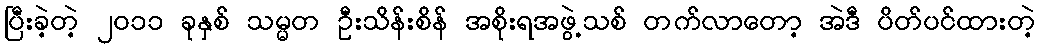
ပြီးခဲ့တဲ့ ၂၀၁၁ ခုနှစ် သမ္မတ ဦးသိန်းစိန် အစိုးရအဖွဲ့သစ် တက်လာတော့ အဲဒီ ပိတ်ပင်ထားတဲ့